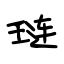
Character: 琏